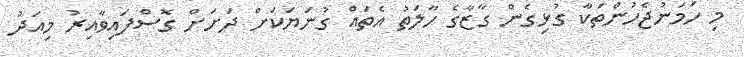
މި ހަމަނުޖެހުންތަކާ ގުޅިގެން ގާޒާގެ ހާލަތު އެތައް ގުނަޔަކަށް ދަށަށް ގޮސްފައިވާއިރު މިއަދު